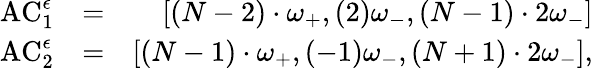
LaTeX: \begin{array}{rlr}{\mathrm{AC}_{1}^{\epsilon}}&{=}&{\left[(N-2)\cdot\omega_{+},(2)\omega_{-},(N-1)\cdot 2\omega_{-}\right]}\\ {\mathrm{AC}_{2}^{\epsilon}}&{=}&{\left[(N-1)\cdot\omega_{+},(-1)\omega_{-},(N+1)\cdot 2\omega_{-}\right],}\end{array}